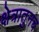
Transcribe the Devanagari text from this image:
क्षेत्रातुनच